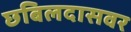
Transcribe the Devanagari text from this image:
छबिलदासवर